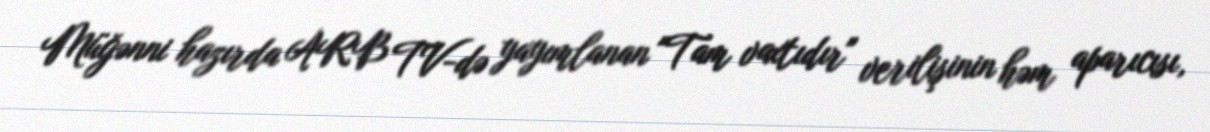
Müğənni hazırda ARB TV-də yayımlanan "Tam vaxtıdır" verilişinin həm aparıcısı,